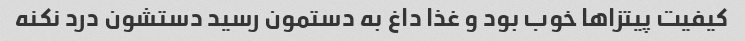
کیفیت پیتزا‌ها خوب بود و غذا داغ به دستمون رسید دستشون درد نکنه